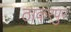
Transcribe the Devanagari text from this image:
ठाकरपुर